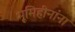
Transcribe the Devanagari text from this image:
भूमिहीनांना